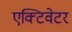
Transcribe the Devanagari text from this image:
एक्टिवेटर